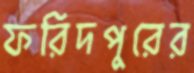
ফরিদপুরের